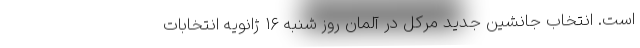
است. انتخاب جانشین جدید مرکل در آلمان روز شنبه ۱۶ ژانویه انتخابات